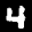
Label: 4